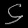
Digit: ၄